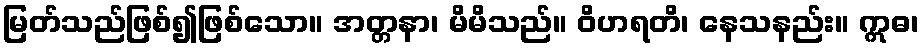
မြတ်သည်ဖြစ်၍ဖြစ်သော။ အတ္တနာ၊ မိမိသည်။ ဝိဟရတိ၊ နေသနည်း။ ဣဓ၊